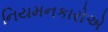
નિયમનકારોએ